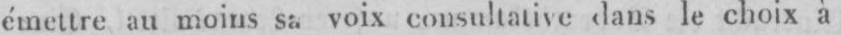
émettre au moins sa voix consultative dans le choix à